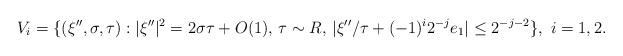
LaTeX: \begin{align*}V_i = \{(\xi'',\sigma,\tau): |\xi''|^2=2\sigma\tau+O(1),\, \tau\sim R,\,|\xi''/\tau +(-1)^i 2^{-j}e_1|\le 2^{-j-2}\}, \,\, i=1,2. \end{align*}